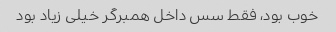
خوب بود، فقط سس داخل همبرگر خیلی زیاد بود